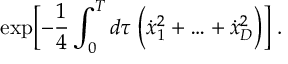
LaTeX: \exp \biggl [ - \frac { 1 } { 4 } \int _ { 0 } ^ { T } d \tau \; \Bigl ( \dot { x } _ { 1 } ^ { 2 } + \ldots + \dot { x } _ { D } ^ { 2 } \Bigr ) \biggr ] \; .